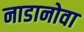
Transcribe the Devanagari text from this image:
नाडानोवा